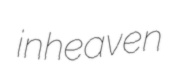
inheaven